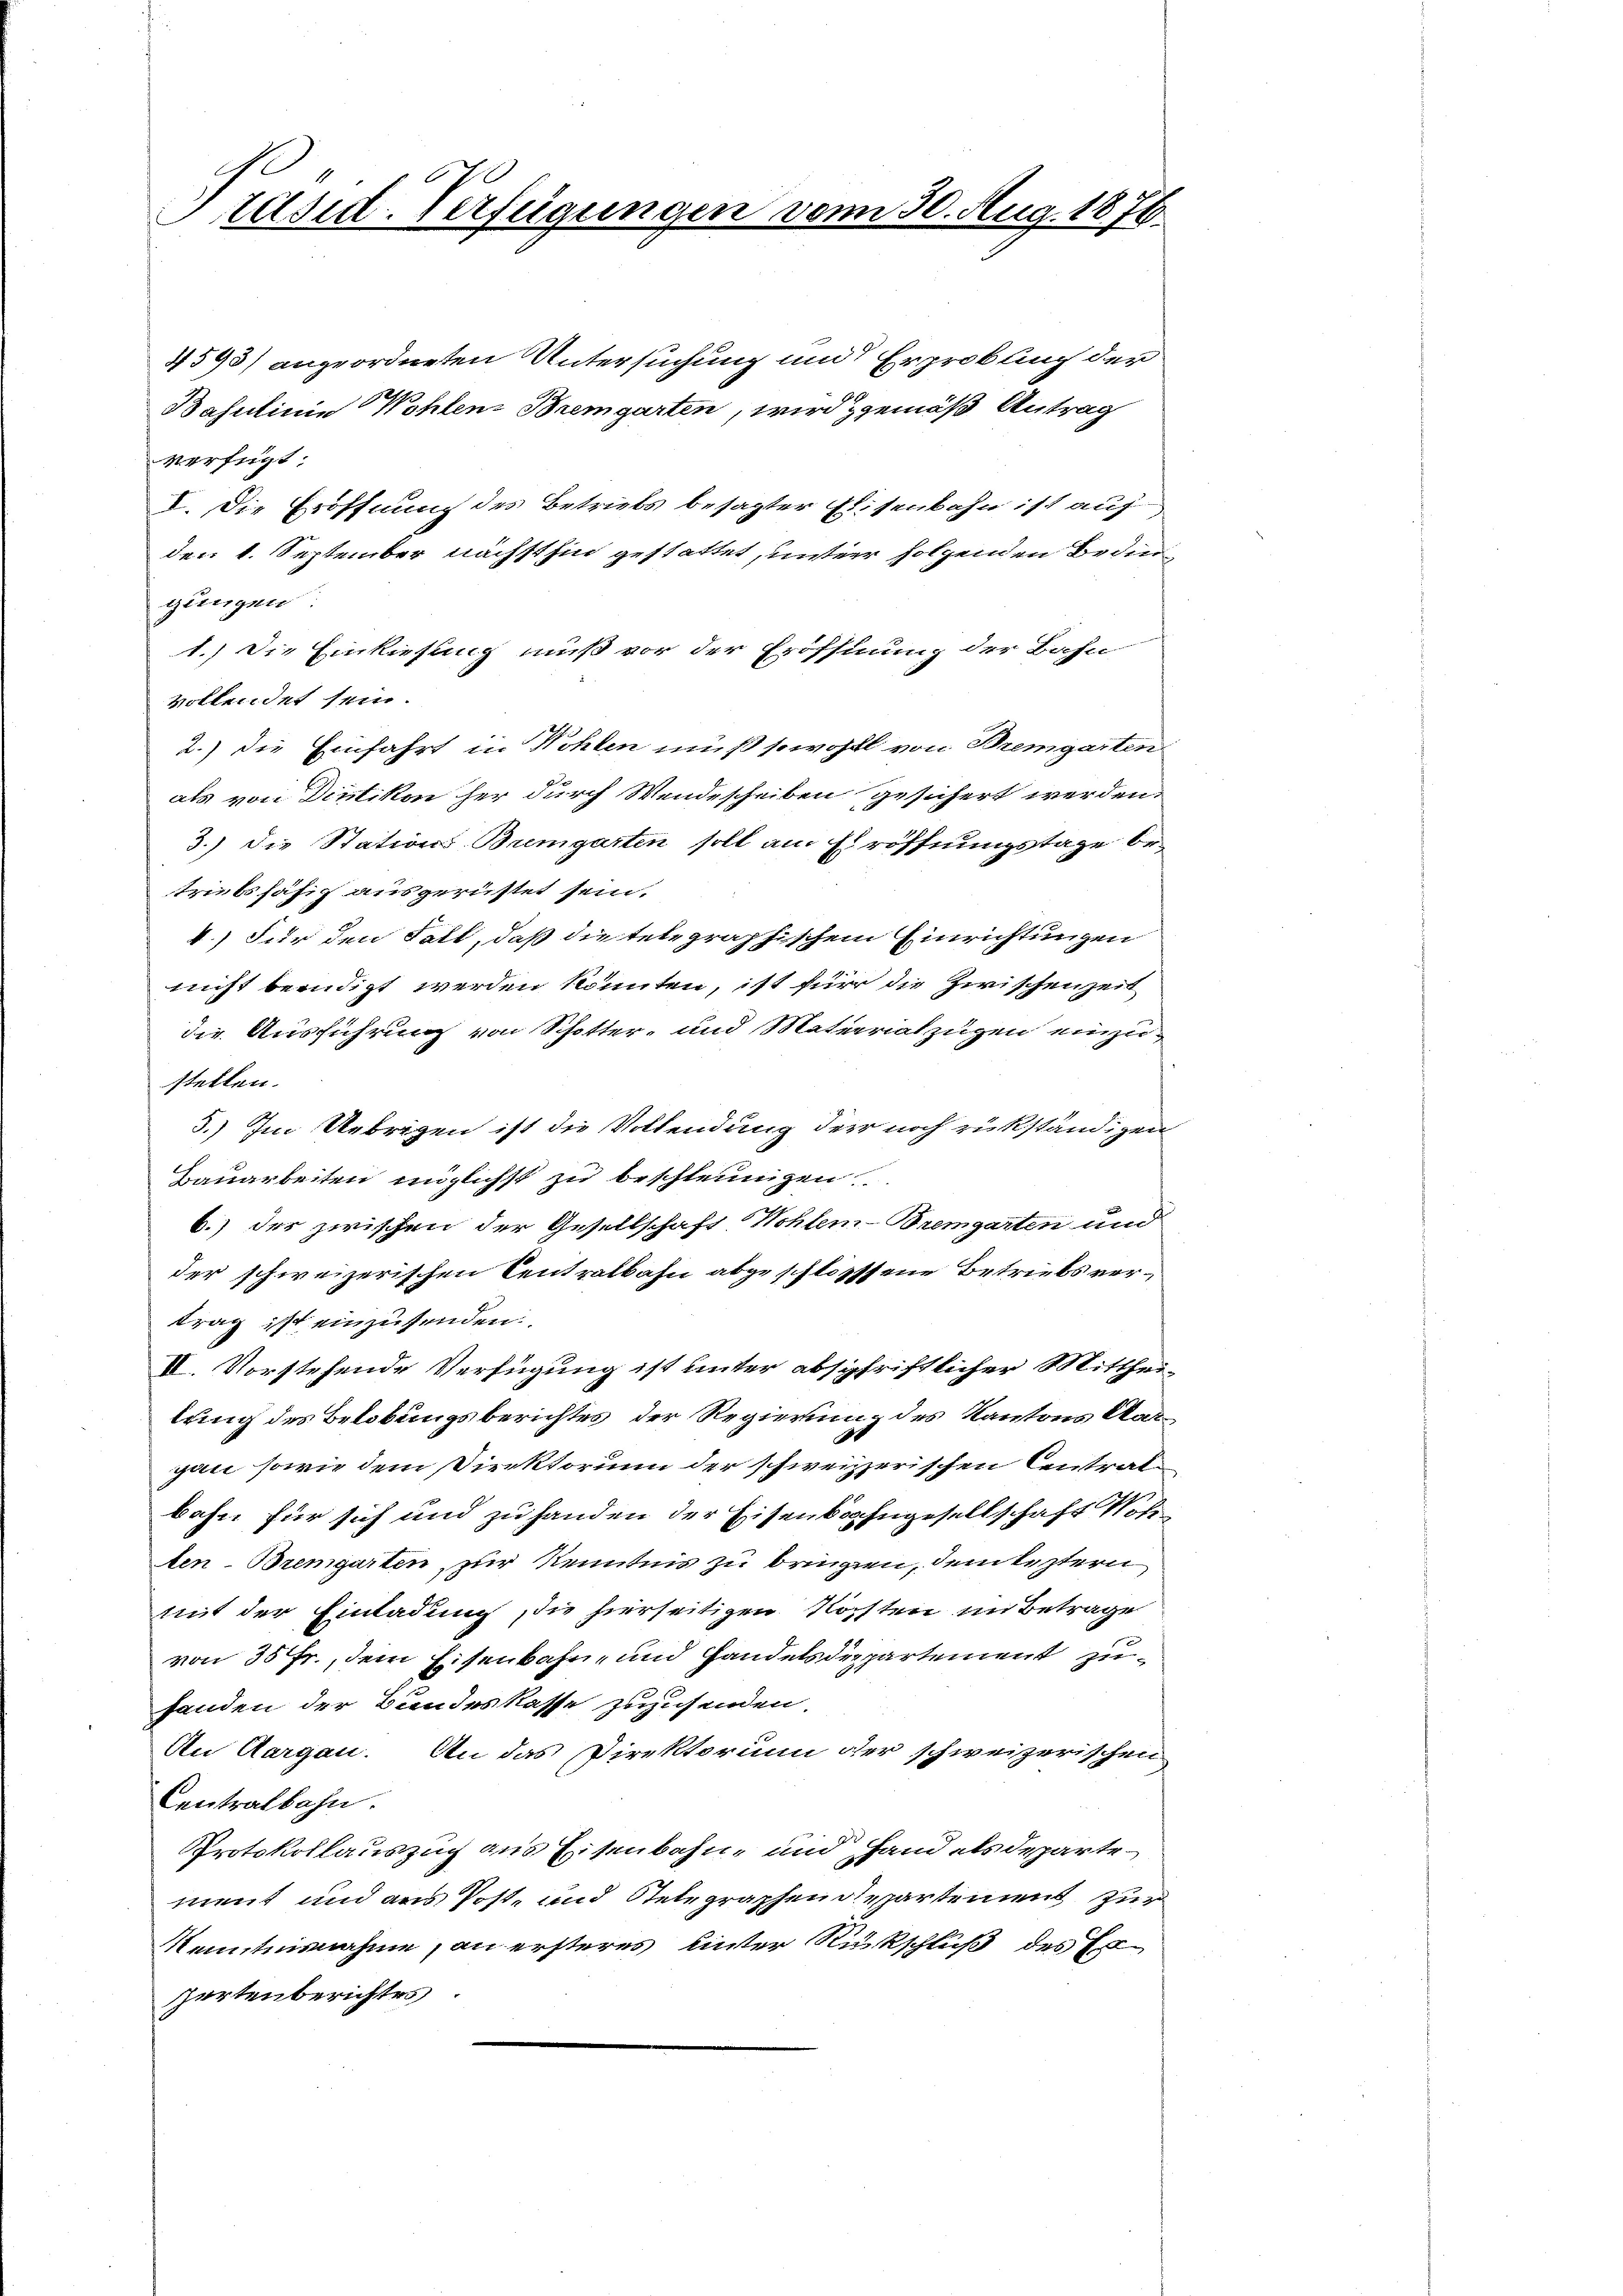
4593) angeordneten Untersuchung und Erprobung der
Bahnlinie Wohlen Bremgarten, wird gemäß Antrag
verfügt:
I. Die Eröffnung des Betriebs besagter Elisenbahn ist auf
den 1. September nächsthin gestattet, untere folgenden Bedien
gungen
1.) Die Einkiesung muß vor der Eröffnung der Bahn
vollendet sein.
2.) Die Einfahrt in Wohlen muß sowohl von Bremgarten
als von Dietikon her durch Wendescheiben gesichert werden,
3.) Die Stations-Bremgarten soll am Eröffnungstage betriebshäfig ausgerüstet sein.
4.) Für den Fall, daß die telegraphischem Einrichtungen
nicht beendigt werden könnten, ist für die Zwischenzeit
die Ausführung von Schotter- und Materiat zugen einzustellen.
5.) Im Uebrigen ist die Vollendung der noch rükständigen
Bauarbeiten möglichst zu beschleunigen.
b.) des zwischen der Gesellschaft Wohlen-Bremgarten und
der schweizerischen Centralbahn abgeschlosssene Betriebs vertrag ist einzusenden.
II. Vorstehende Verfügung ist unter abschriftlicher Mittheilung des Belobungsberichtes, der Regierung des Kantons Aargan sowie dem Direktorium der schweizzerischen Antralbahn für sich und zu handen der Eisenbahngesellschaft Not
ten-Bremgarten, zur Kenntnis zu bringen, dem leztern
mit der Einladung, die hierseitigen Kosten im Betrage
von 35 fr., dem Eisenbahn- und Handelsdepartement zuhanden der Bundeskasse zuzusenden.
An Aargau. An das Direktorium der schweizerischen
Centralbahn.
Protokollauszug aus Eisenbahn- und Hand alsdeparte
ment und aus Post- und Stelegraphendepartement zur
Nenntnisnahme, an ersteres unter Rückschluß des Erzartenberichtes

s
Präsid-Verfügungen vom 30. Aug. 1870.